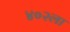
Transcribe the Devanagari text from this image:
४०२ला